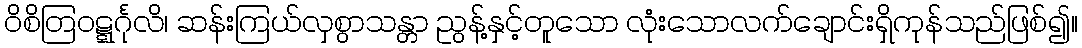
ဝိစိတြဝဋ္ဋင်္ဂုလိ၊ ဆန်းကြယ်လှစွာသန္တာ ညွန့်နှင့်တူသော လုံးသောလက်ချောင်းရှိကုန်သည်ဖြစ်၍။